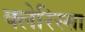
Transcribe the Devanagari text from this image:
क्लेरिस्सा